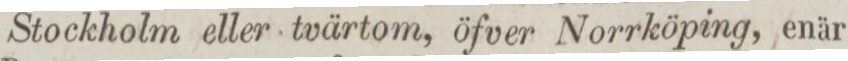
Stockholm eller tvärtom, öfver Norrköping, enär